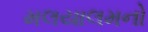
મલયાલમનો